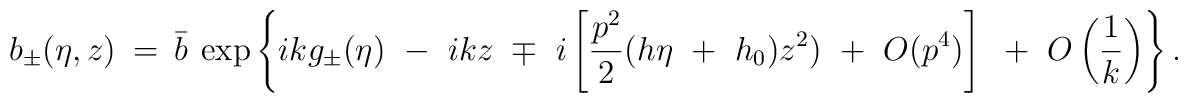
b_{\pm} (\eta,z) ~=~ \bar{b}~ \exp \left \{ i k g_{\pm} (\eta) ~-~ i k z~\mp~ i \left[ \frac{ p^2}{2} ( h \eta ~+~ h_{0} ) z^2 ) ~+~ O(p^4) \right] ~+~ O\left(\frac 1 k \right)  \right \}.